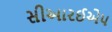
સીઆરઈએપ